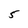
Character: 5